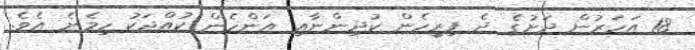
18 އަހަރުން ދަށުގެ ދެ ފިރިހެން ކުދިންނާއި އަންހެން ކުއްޖަކު ހިމެނެ އެވެ.